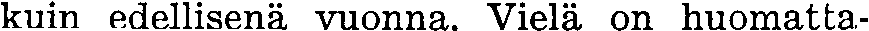
kuin edellisenä vuonna. Vielä on huomatta-